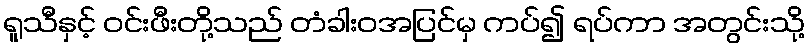
ရူသီနှင့် ဝင်းဖီးတို့သည် တံခါးဝအပြင်မှ ကပ်၍ ရပ်ကာ အတွင်းသို့